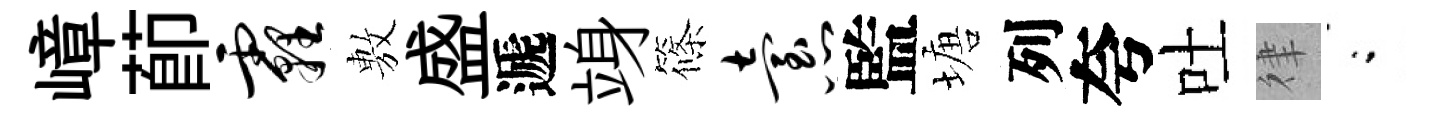
嶂莭霾𢾾盛遞竧篠怠監塘列夸吐律閤